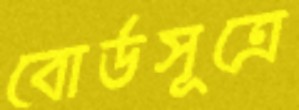
বোর্ডসূত্রে